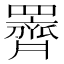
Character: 䍤